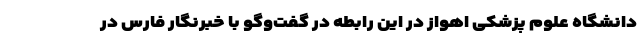
دانشگاه علوم پزشکی اهواز در این رابطه در گفت‌وگو با خبرنگار فارس در